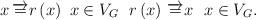
LaTeX: \begin{align*}x\,\overrightarrow{=}r\left( x\right) \ x\in V_{G}\ \ r\left( x\right) \,\overrightarrow{=}x\ \ x\in V_{G}.\end{align*}